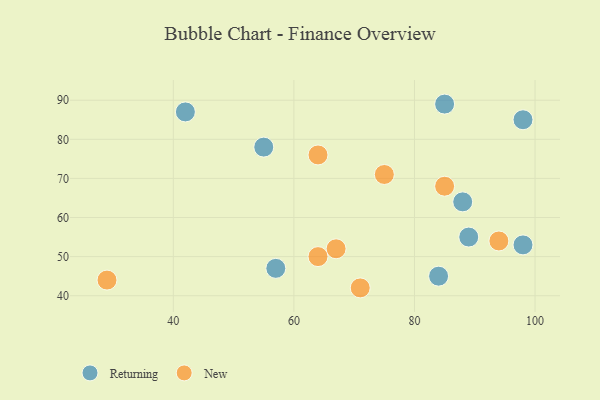
{"axis": {"x": "GDP", "y": "Life Expectancy"}, "legend": ["New", "Returning"], "data": [{"x": "42", "y": 87, "type": "Returning"}, {"x": "85", "y": 89, "type": "Returning"}, {"x": "57", "y": 47, "type": "Returning"}, {"x": "88", "y": 64, "type": "Returning"}, {"x": "55", "y": 78, "type": "Returning"}, {"x": "89", "y": 55, "type": "Returning"}, {"x": "98", "y": 85, "type": "Returning"}, {"x": "98", "y": 53, "type": "Returning"}, {"x": "84", "y": 45, "type": "Returning"}, {"x": "85", "y": 68, "type": "New"}, {"x": "64", "y": 76, "type": "New"}, {"x": "71", "y": 42, "type": "New"}, {"x": "67", "y": 52, "type": "New"}, {"x": "29", "y": 44, "type": "New"}, {"x": "94", "y": 54, "type": "New"}, {"x": "64", "y": 50, "type": "New"}, {"x": "75", "y": 71, "type": "New"}]}